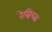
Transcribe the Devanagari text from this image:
रेस्निच्क